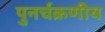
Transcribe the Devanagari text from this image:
पुनर्चक्रणीय